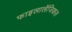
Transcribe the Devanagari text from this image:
फाइलालॅजिकल